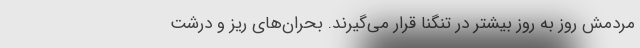
مردمش روز به روز بیشتر در تنگنا قرار می‌گیرند. بحران‌های ریز و درشت